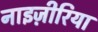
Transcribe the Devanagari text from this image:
नाइज़ीरिया